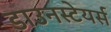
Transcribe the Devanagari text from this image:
डाउनस्टेयर्स